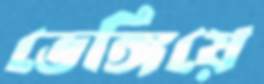
ভেঙ্গিয়ে